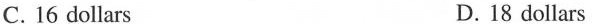
C. 16 dollars D.18 dollars